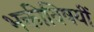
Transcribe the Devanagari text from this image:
भक्तीविषयीं